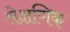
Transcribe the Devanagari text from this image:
सेक्षणिक